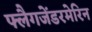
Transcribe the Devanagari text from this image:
फ्लैगजेंडरमेरिन